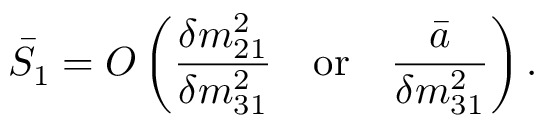
\bar { S } _ { 1 } = O \left( \frac { \delta m _ { 2 1 } ^ { 2 } } { \delta m _ { 3 1 } ^ { 2 } } \quad \mathrm { o r } \quad \frac { \bar { a } } { \delta m _ { 3 1 } ^ { 2 } } \right) .